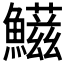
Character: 𩼑